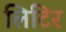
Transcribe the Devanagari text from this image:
लिटिर